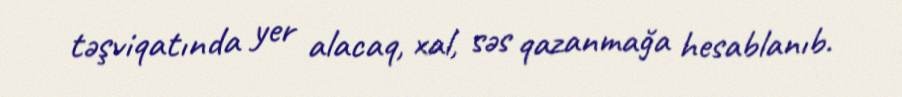
təşviqatında yer alacaq, xal, səs qazanmağa hesablanıb.